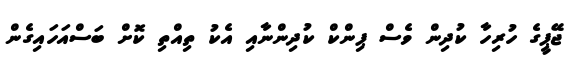
ޖޭޕީގެ ހުރިހާ ކުދިން ވެސް ޕިންކް ކުދިންނާއި އެކު ތިއްތި ކޮށް ބަސްއަހައިގެން